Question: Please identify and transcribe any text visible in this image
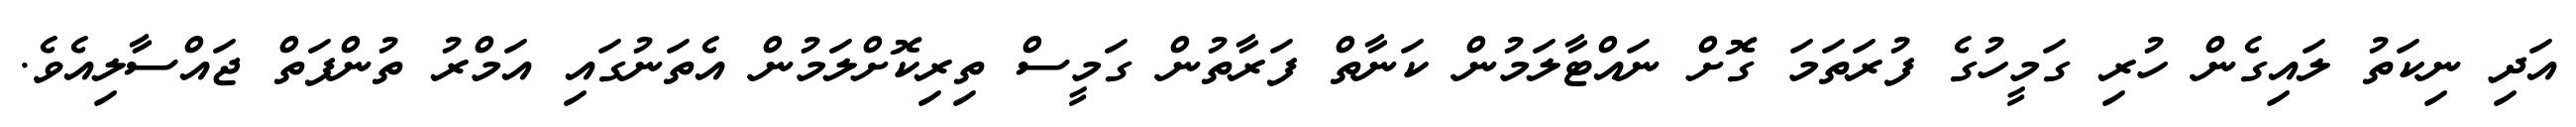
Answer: އަދި ނިކަތު ލައިގެން ހުރި ގަމީހުގެ ފުރަތަމަ ގޮށް ނައްޓާލަމުން ކަނާތް ފަރާތުން ގަމީސް ތިރިކޮށްލަމުން އެތަނުގައި އަމްރު ތުންފަތް ޖައްސާލިއެވެ.